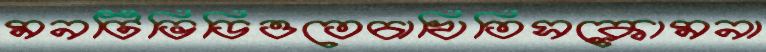
মনটিভিডিওতেচাখিতিসক্লোমনা